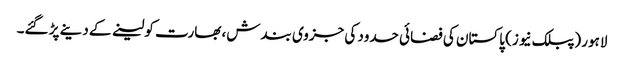
لاہور (پبلک نیوز) پاکستان کی فضائی حدود کی جزوی بندش، بھارت کو لینے کے دینے پڑ گئے۔